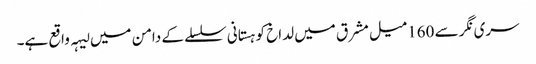
سری نگر سے 160میل مشرق میں لداخ کوہستانی سلسلے کے دامن میں لیہہ واقع ہے۔